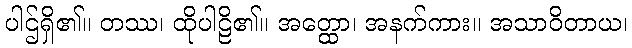
ပါဌ်ရှိ၏။ တဿ၊ ထိုပါဠိ၏။ အတ္ထော၊ အနက်ကား။ အသာဝိတာယ၊